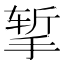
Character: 𪮃